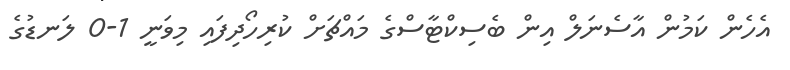
އެހެން ކަމުން އާސެނަލް އިން ބެސިކްޓާސްގެ މައްޗަށް ކުރިހޯދިފައި މިވަނީ 1-0 ލަނޑުގެ